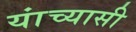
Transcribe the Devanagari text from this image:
यांच्यासी